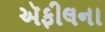
ઍફીલના